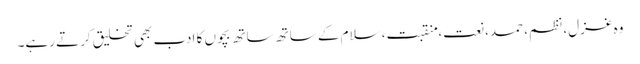
وہ غزل، نظم، حمد، نعت، منقبت، سلام کے ساتھ ساتھ بچوں کا ادب بھی تخلیق کرتے رہے۔